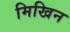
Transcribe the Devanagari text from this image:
मिखिन